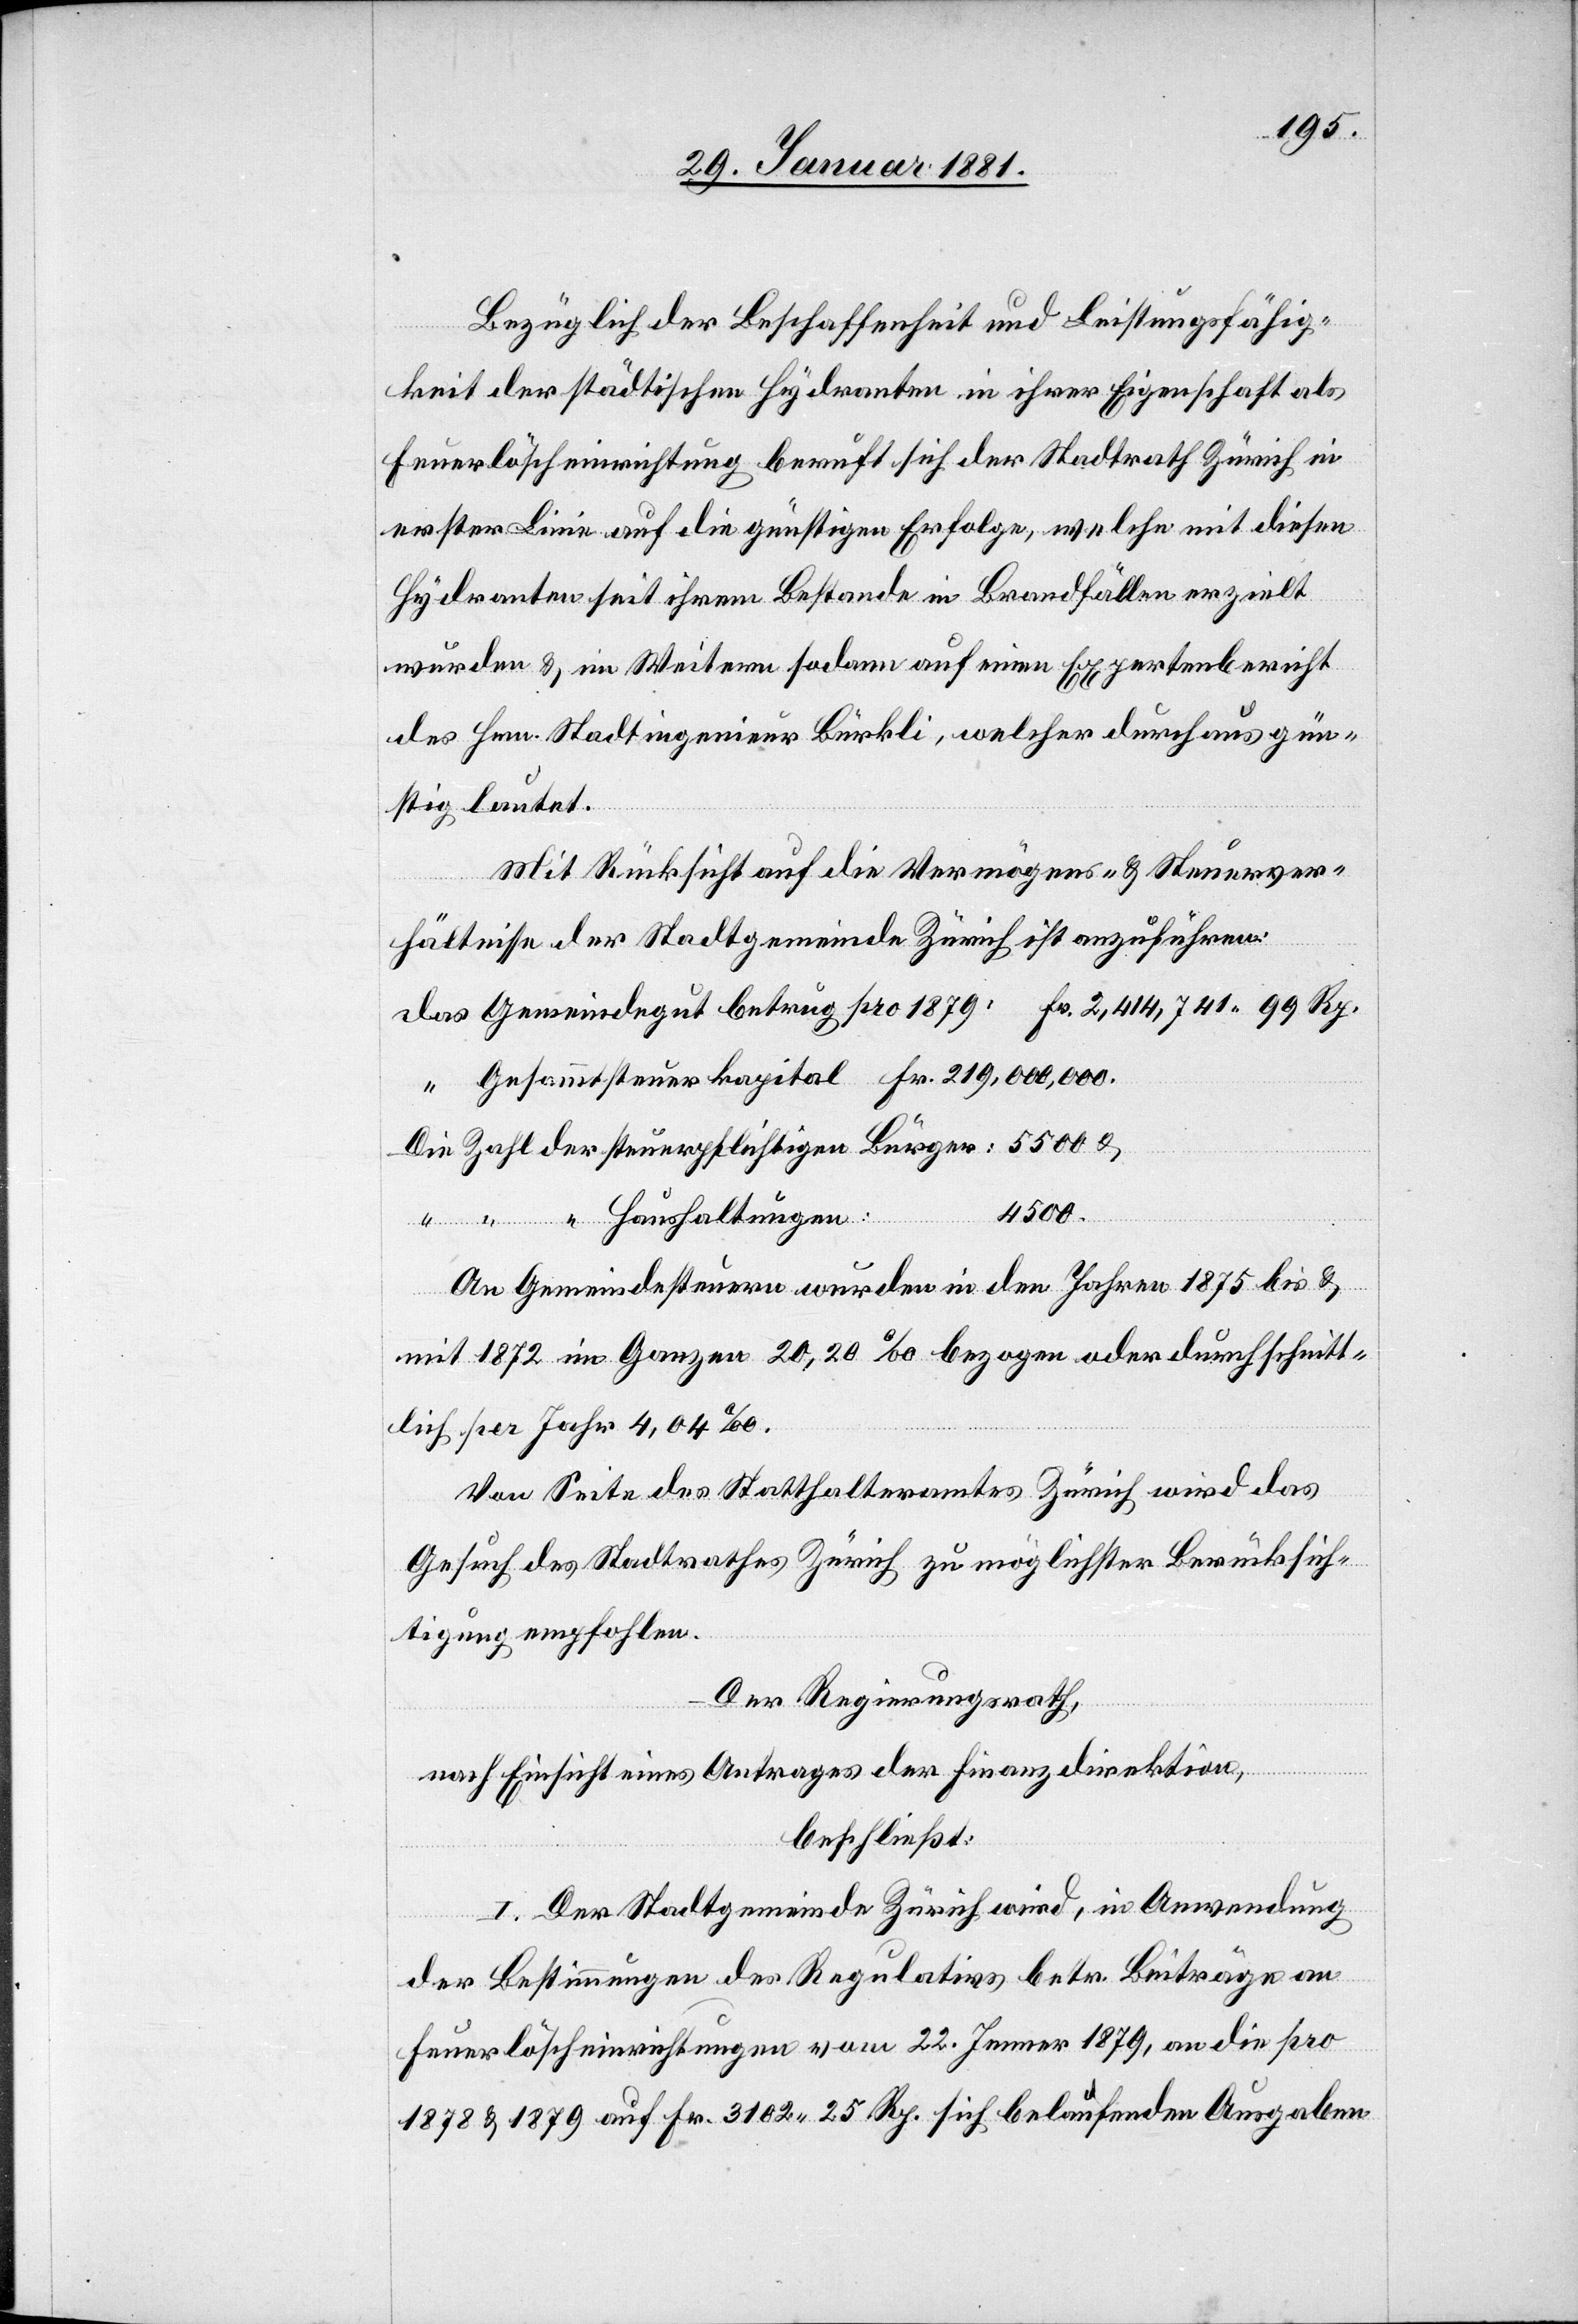
Bezüglich der Beschaffenheit und Leistungsfähig¬
keit der städtischen Hydranten in ihrer Eigenschaft als
Feuerlöscheinrichtung beruft sich der Stadtrath Zürich in
erster Linie auf die günstigen Erfolge, welche mit diesen
Hydranten seit ihrem Bestande in Brandfällen erzielt
wurden & im Weitern sodann auf einen Expertenbericht
des Hrn. Stadtingenieur Bürkli, welcher durchaus gün¬
stig lautet.
Mit Rücksicht auf die Vermögens- & Steuerver¬
hältnisse der Stadtgemeinde Zürich ist anzuführen:
das Gemeindegut betrug pro 1879:	Fr. 2,414,741 99 Rp.
“ Gesammtsteuerkapital	Fr. 219,000,000
Die Zahl der steuerpflichtigen Bürger:	5500
An Gemeindesteuern wurden in den Jahren 1875 & bis &
mit 1872 im Ganzen 20,20‰ bezogen oder durchschnitt¬
lich per Jahr 4,04‰.
Von Seite des Statthalteramtes Zürich wird das
Gesuch des Stadtrathe Zürich zu möglichster Berücksich¬
tigung empfohlen.
Der Regierungsrath,
nach Einsicht eines Antrages der Finanzdirektion,
beschließt:
I. Der Stadtgemeinde Zürich wird, in Anwendung
der Bestimmungen des Regulativs betr. Beiträge an
Feuerlöscheinrichtungen vom 22. Jenner 1879 an die pro
1878 & 1879 auf Fr. 3102 25 Rp. sich belaufenden Ausgaben